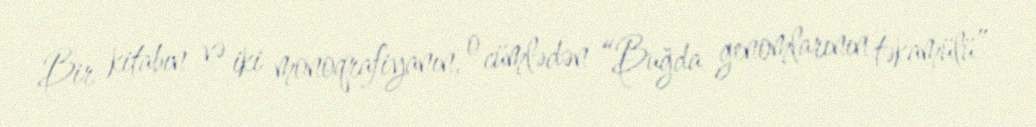
Bir kitabın və iki monoqrafiyanın, o cümlədən “Buğda genomlarının təkamülü”